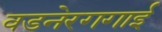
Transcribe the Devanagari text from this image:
वडनेरगगाई